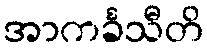
အာကင်္ခသီတိ